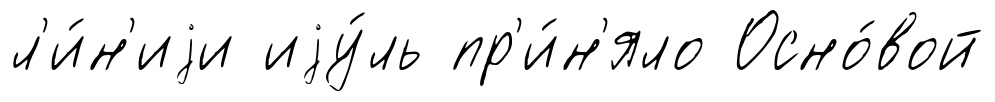
л'и́н'иjи иjу́ль пр'и́н'яло Осно́вой